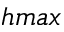
h m a x